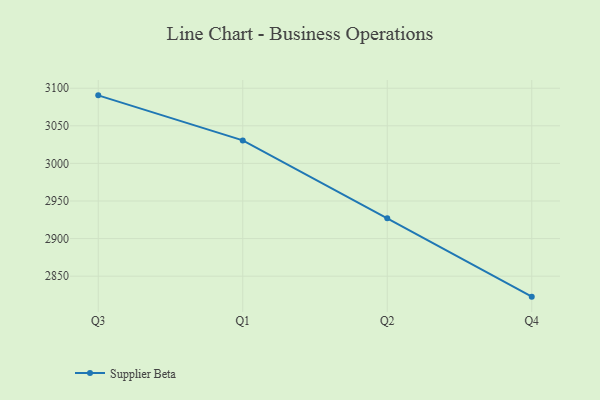
{"axis": {"x": "Quarter", "y": "Inventory Turnover"}, "legend": ["Supplier Beta"], "data": [{"x": "Q3", "y": 3090.5, "type": "Supplier Beta"}, {"x": "Q1", "y": 3030.6, "type": "Supplier Beta"}, {"x": "Q2", "y": 2926.9, "type": "Supplier Beta"}, {"x": "Q4", "y": 2822.8, "type": "Supplier Beta"}]}